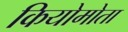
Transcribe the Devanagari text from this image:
कियोमोता